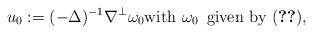
LaTeX: \begin{align*}u_0 := (-\Delta)^{-1}\nabla^\perp\omega_0 \hbox{with} \,\, \omega_0 \,\,\, \hbox{given by \eqref{eq:vorticity}},\end{align*}